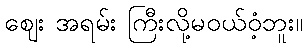
ဈေး အရမ်း ကြီးလို့မဝယ်ဝံ့ဘူး။